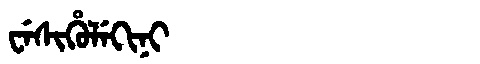
Manchu: ᠸᡝᠰᡳᡥᡠᠯᡝᡴᡳᠨᡳ
Romanization: WESIHULEKINI